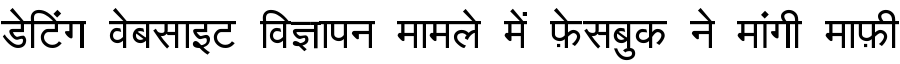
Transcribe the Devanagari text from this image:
डेटिंग वेबसाइट विज्ञापन मामले में फ़ेसबुक ने मांगी माफ़ी